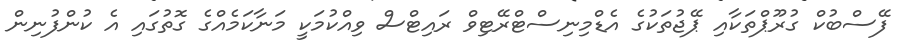
ފޭސްބުކް ގުރޫޕްތަކާއި ޕޭޖުތަކުގެ އެޑްމިނިސްޓްރޭޓިވް ރައިޓްސް ވިއްކުމަކީ މަނާކަމެއްގެ ގޮތުގައި އެ ކުންފުނިން